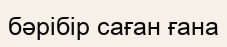
бәрібір саған ғана